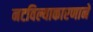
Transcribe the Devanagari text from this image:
नटविल्याकारणाने